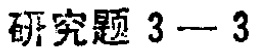
研究题 3 - 3